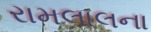
રામલાલના